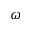
\omega